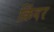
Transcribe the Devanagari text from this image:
क्रिंदर